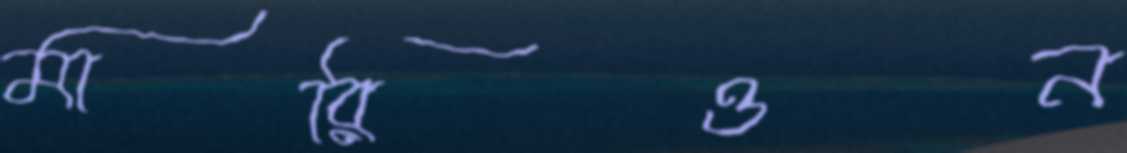
মারিওন